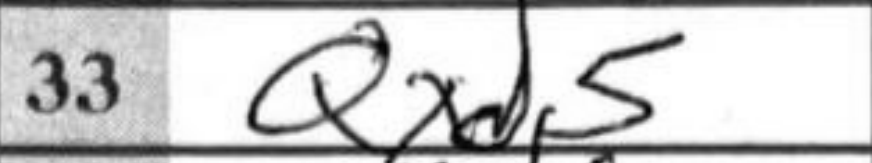
Transcription: Qxd5